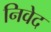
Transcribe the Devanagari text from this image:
निवेद